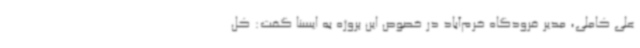
علی کاملی، مدیر فرودگاه خرم‌آباد در خصوص این پروژه به ایسنا گفت: کل